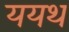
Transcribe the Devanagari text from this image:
ययथ